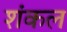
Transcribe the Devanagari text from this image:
शंकल